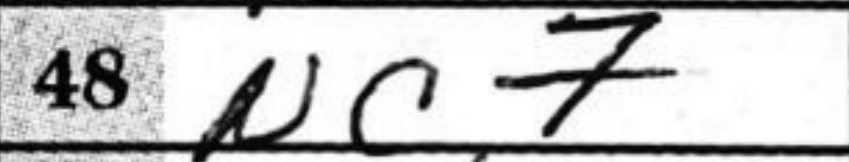
Transcription: Nc7